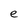
Character: e